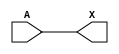
module sky130_fd_sc_ms__dlymetal6s4s (
    X,
    A
);

    // Module ports
    output X;
    input  A;

    // Local signals
    wire buf0_out_X;

    //  Name  Output      Other arguments
    buf buf0 (buf0_out_X, A              );
    buf buf1 (X         , buf0_out_X     );

endmodule